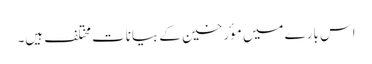
اس بارے میں موٴرخین کے بیانات مختلف ہیں۔